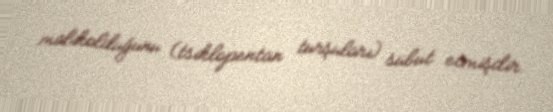
malikolduğunu (tsiklopentan turşuları) sübut etmişdir.